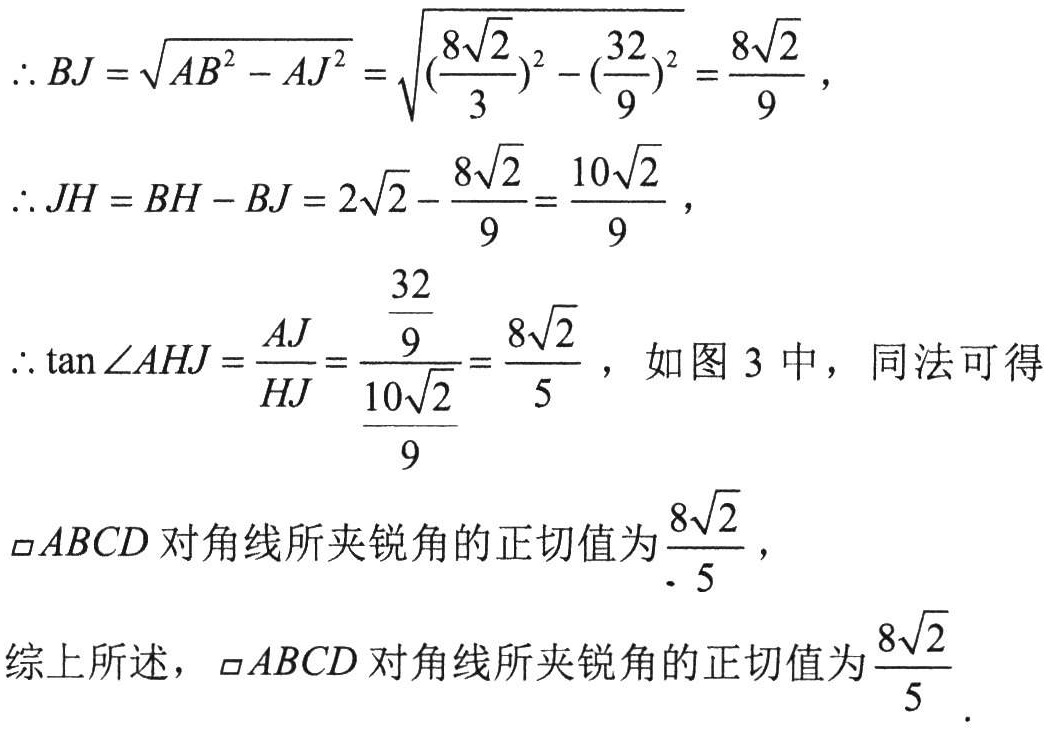
\(\therefore BJ = \sqrt{AB^{2} - AJ^{2}} = \sqrt{(\frac{8\sqrt{2}}{3})^{2} - (\frac{32}{9})^{2}} = \frac{8\sqrt{2}}{9}\)，
\(\therefore JH = BH - BJ = 2\sqrt{2} - \frac{8\sqrt{2}}{9} = \frac{10\sqrt{2}}{9}\)，
\(\therefore \tan\angle AHJ = \frac{AJ}{HJ} = \frac{\frac{32}{9}}{\frac{10\sqrt{2}}{9}} = \frac{8\sqrt{2}}{5}\)，如图 3 中，同法可得
\(\parallelogram ABCD\) 对角线所夹锐角的正切值为\(\frac{8\sqrt{2}}{5}\)，
综上所述，\(\parallelogram ABCD\) 对角线所夹锐角的正切值为\(\frac{8\sqrt{2}}{5}\)．